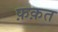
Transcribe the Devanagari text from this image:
फ़क़त